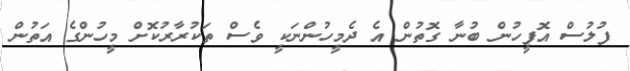
ފުލުސް އޮފީހުން ބުނާ ގޮތުން އެ ދެމީހުންނަކީ ވެސް ތަކުރާރުކޮށް މީހުންގެ އަތުން